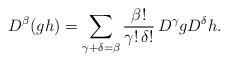
LaTeX: \begin{align*}D^\beta(gh)=\sum_{\gamma+\delta=\beta} \frac{\beta!}{\gamma!\,\delta!} \, D^\gamma g D^\delta h.\end{align*}